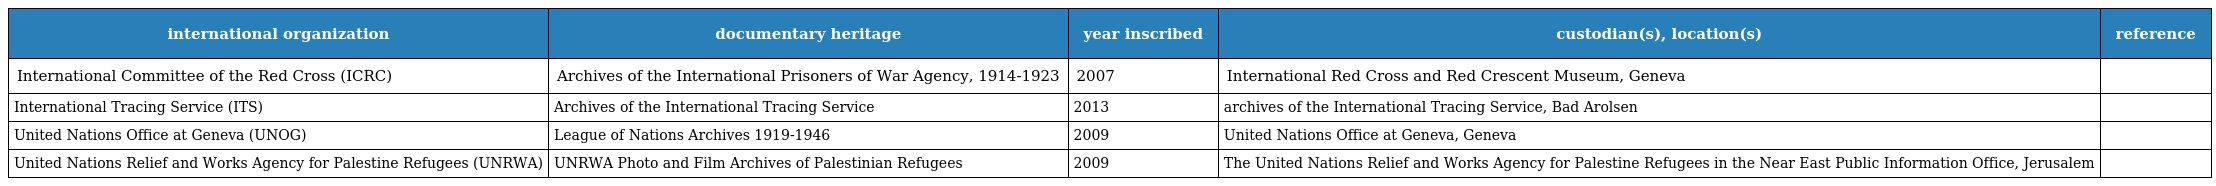
| international organization | documentary heritage | year inscribed | custodian(s), location(s) | reference |
 | --- | --- | --- | --- | --- |
 | International Committee of the Red Cross (ICRC) | Archives of the International Prisoners of War Agency, 1914-1923 | 2007 | International Red Cross and Red Crescent Museum, Geneva |  |
 | International Tracing Service (ITS) | Archives of the International Tracing Service | 2013 | archives of the International Tracing Service, Bad Arolsen |  |
 | United Nations Office at Geneva (UNOG) | League of Nations Archives 1919-1946 | 2009 | United Nations Office at Geneva, Geneva |  |
 | United Nations Relief and Works Agency for Palestine Refugees (UNRWA) | UNRWA Photo and Film Archives of Palestinian Refugees | 2009 | The United Nations Relief and Works Agency for Palestine Refugees in the Near East Public Information Office, Jerusalem |  |